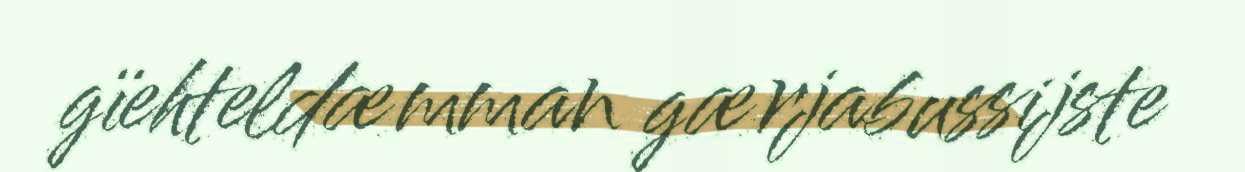
gïehteldæmman gærjabussijste